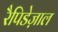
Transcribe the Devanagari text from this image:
रैपिडेज़ाल